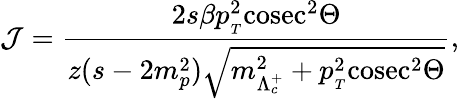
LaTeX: {\cal J}=\frac{2s\beta p_{{}_{T}}^{2}\mathrm{cosec}^{2}\Theta}{z(s-2m_{p}^{2})\sqrt{m_{\Lambda_{c}^{+}}^{2}+p_{{}_{T}}^{2}\mathrm{cosec}^{2}\Theta}},